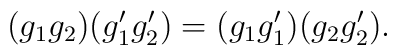
(g_1 g_2)(g_1' g_2') = (g_1 g_1')(g_2 g_2') .